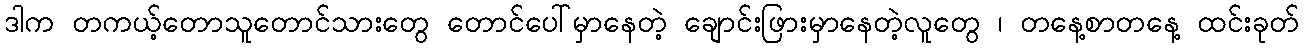
ဒါက တကယ့်တောသူတောင်သားတွေ တောင်ပေါ်မှာနေတဲ့ ချောင်းဖြားမှာနေတဲ့လူတွေ ၊ တနေ့စာတနေ့ ထင်းခုတ်